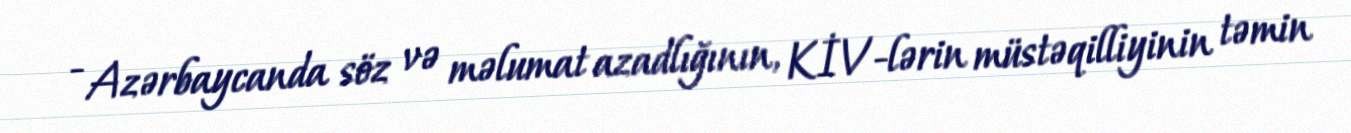
- Azərbaycanda söz və məlumat azadlığının, KİV-lərin müstəqilliyinin təmin